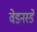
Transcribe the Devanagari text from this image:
वेडनस्डे